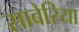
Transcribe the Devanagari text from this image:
साबेरिया